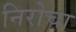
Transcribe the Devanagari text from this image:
निरोचा